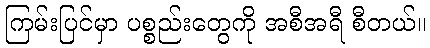
ကြမ်းပြင်မှာ ပစ္စည်းတွေကို အစီအရီ စီတယ်။